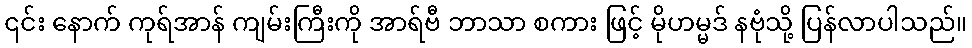
၎င်း နောက် ကုရ်အာန် ကျမ်းကြီးကို အာရ်ဗီ ဘာသာ စကား ဖြင့် မိုဟမ္မဒ် နဗုံသို့ ပြန်လာပါသည်။